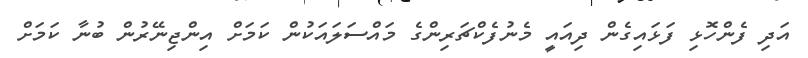
އަދި ފެންހޮޅި ފަޅައިގެން ދިއައީ މެނުފެކްޗަރިންގެ މައްސަލަައަކުން ކަމަށް އިންޖިނޭރުން ބުނާ ކަަމަށް